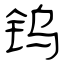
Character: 钨